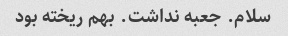
سلام. جعبه نداشت. بهم ریخته بود